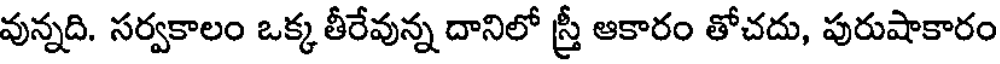
వున్నది. సర్వకాలం ఒక్క తీరేవున్న దానిలో స్త్రీ ఆకారం తోచదు, పురుషాకారం